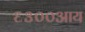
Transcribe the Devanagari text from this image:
६३००आय